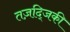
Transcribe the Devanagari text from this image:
तज़द्जिकी